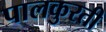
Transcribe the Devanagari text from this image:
पालकुरती